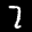
Label: 7